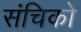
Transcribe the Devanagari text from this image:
संचिको